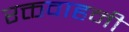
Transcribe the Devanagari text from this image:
रक्तवाहनी